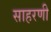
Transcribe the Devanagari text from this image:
साहरणी